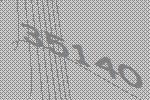
35140